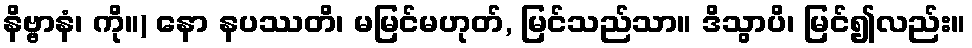
နိဗ္ဗာနံ၊ ကို။) နော နပဿတိ၊ မမြင်မဟုတ်, မြင်သည်သာ။ ဒိသွာပိ၊ မြင်၍လည်း။